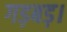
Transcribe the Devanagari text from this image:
गड़बड़।